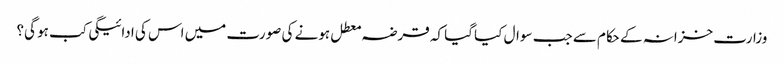
وزارت خزانہ کے حکام سے جب سوال کیا گیا کہ قرضہ معطل ہونے کی صورت میں اس کی ادائیگی کب ہو گی؟